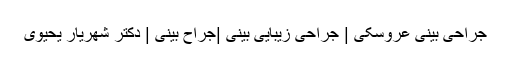
جراحی بینی عروسکی | جراحی زیبایی بینی |جراح بینی | دکتر شهریار یحیوی